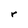
Character: r